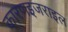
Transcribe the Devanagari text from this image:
कारणइजराइल